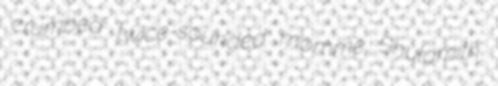
crumbed twice-sounded momme Shulamith